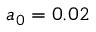
a _ { 0 } = 0 . 0 2